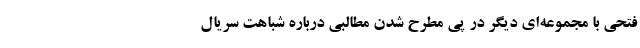
فتحی با مجموعه‌ای دیگر در پی مطرح‌ شدن مطالبی درباره شباهت سریال